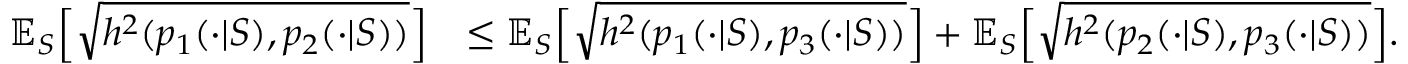
\begin{array} { r l } { \mathbb { E } _ { S } \Big [ \sqrt { h ^ { 2 } ( p _ { 1 } ( \cdot | S ) , p _ { 2 } ( \cdot | S ) ) } \Big ] } & { \leq \mathbb { E } _ { S } \Big [ \sqrt { h ^ { 2 } ( p _ { 1 } ( \cdot | S ) , p _ { 3 } ( \cdot | S ) ) } \Big ] + \mathbb { E } _ { S } \Big [ \sqrt { h ^ { 2 } ( p _ { 2 } ( \cdot | S ) , p _ { 3 } ( \cdot | S ) ) } \Big ] . } \end{array}